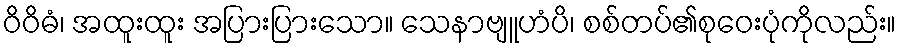
ဝိဝိဓံ၊ အထူးထူး အပြားပြားသော။ သေနာဗျူဟံပိ၊ စစ်တပ်၏စုဝေးပုံကိုလည်း။